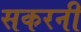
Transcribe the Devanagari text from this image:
सकरनी